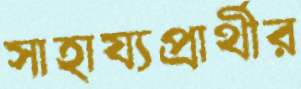
সাহায্যপ্রার্থীর